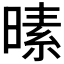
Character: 𪰸